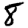
Digit: 8